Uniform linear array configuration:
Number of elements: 16
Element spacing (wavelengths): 0.5
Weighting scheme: uniform
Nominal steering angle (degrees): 15
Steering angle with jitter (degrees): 14.571
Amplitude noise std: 0.05
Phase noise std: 0.05

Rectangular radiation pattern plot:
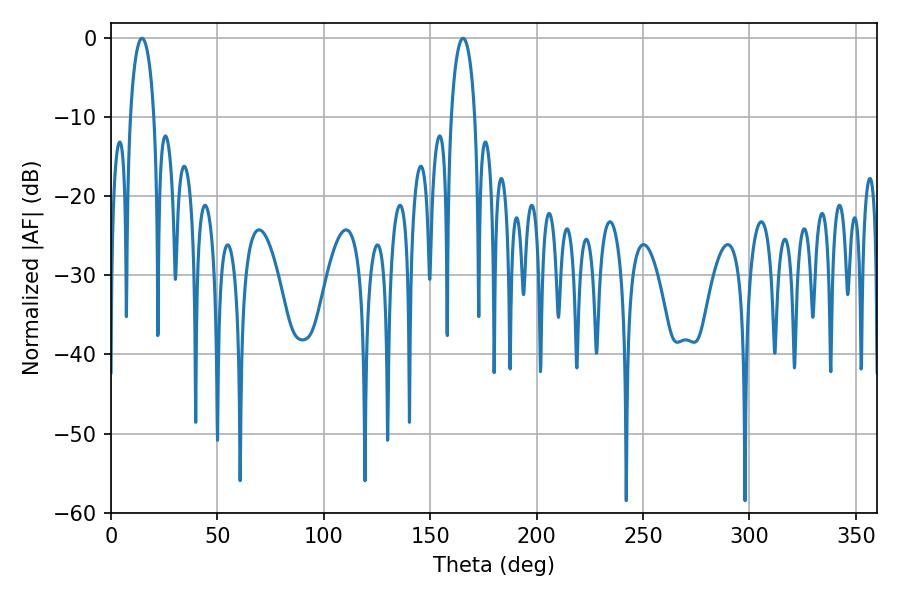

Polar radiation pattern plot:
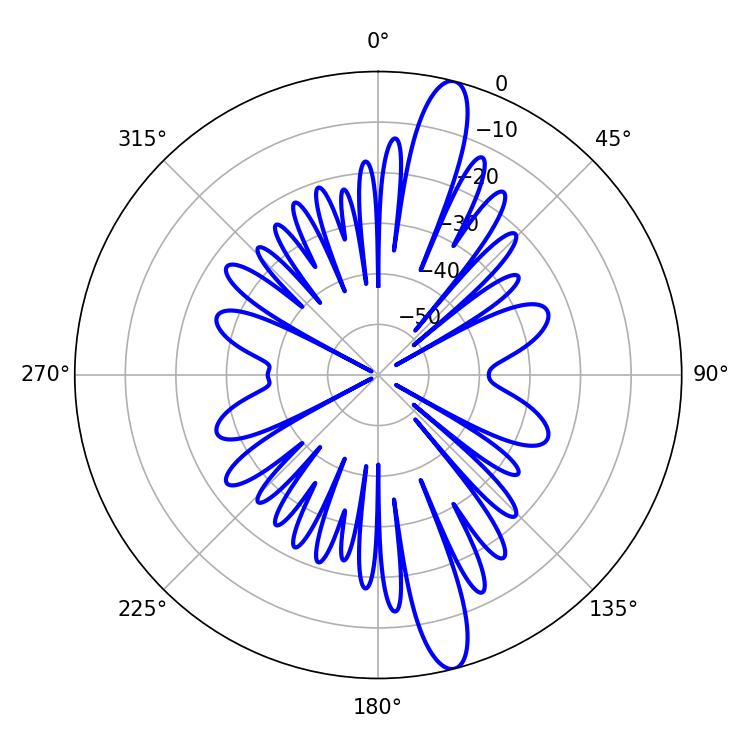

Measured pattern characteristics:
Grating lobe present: FALSE
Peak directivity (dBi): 14.91
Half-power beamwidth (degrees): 6.48
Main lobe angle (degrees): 14.58